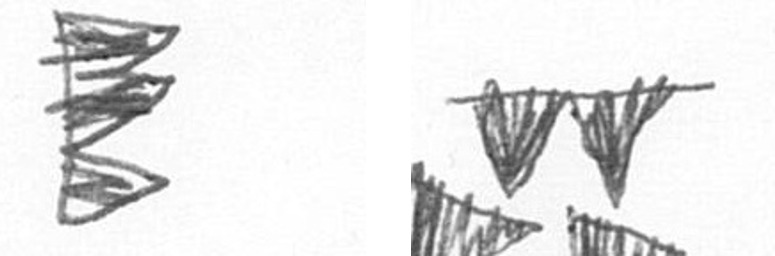
H B